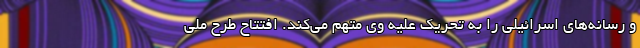
و رسانه‌های اسرائیلی را به تحریک علیه وی متهم می‌کند. افتتاح طرح ملی